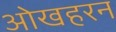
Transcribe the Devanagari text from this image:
ओखहरन